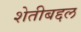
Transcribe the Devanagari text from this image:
शेतीबद्दल